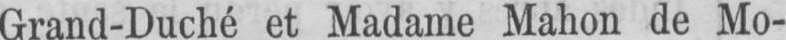
Grand-Duché et Madame Mahon de Mo-